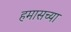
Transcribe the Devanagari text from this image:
हमासच्या